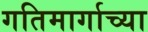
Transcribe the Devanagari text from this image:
गतिमार्गाच्या